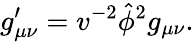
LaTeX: g_{\mu\nu}^{\prime}=v^{-2}\hat{\phi}^{2}g_{\mu\nu}.